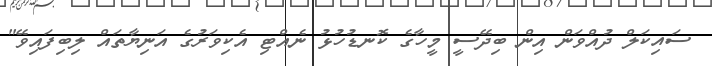
ސައިކަލް ދުއްވަން އިން ބިދޭސީ މީހާގެ ކޮނޑުހުޅު ނެއްޓި އެކިވަރުގެ އަނިޔާތައް ލިބިފައިވޭ"